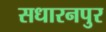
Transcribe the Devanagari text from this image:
सधारनपुर